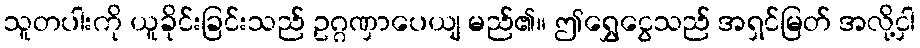
သူတပါးကို ယူခိုင်းခြင်းသည် ဥဂ္ဂဏှာပေယျ မည်၏။ ဤရွှေငွေသည် အရှင်မြတ် အလို့ငှါ